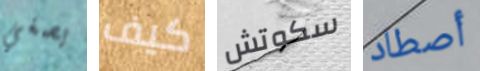
يصغي كيف سكوتش أصطاد